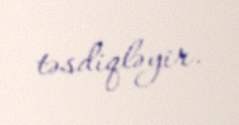
təsdiqləyir.